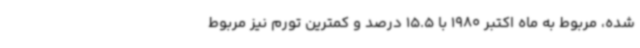
شده، مربوط به ماه اکتبر 1980 با 15.5 درصد و کمترین تورم نیز مربوط